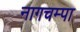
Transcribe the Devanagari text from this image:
नागचम्पा